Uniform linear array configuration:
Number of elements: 8
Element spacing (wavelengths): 1
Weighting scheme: hamming
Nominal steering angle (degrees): -30
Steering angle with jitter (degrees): -31.535
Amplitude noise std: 0.05
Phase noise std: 0.05

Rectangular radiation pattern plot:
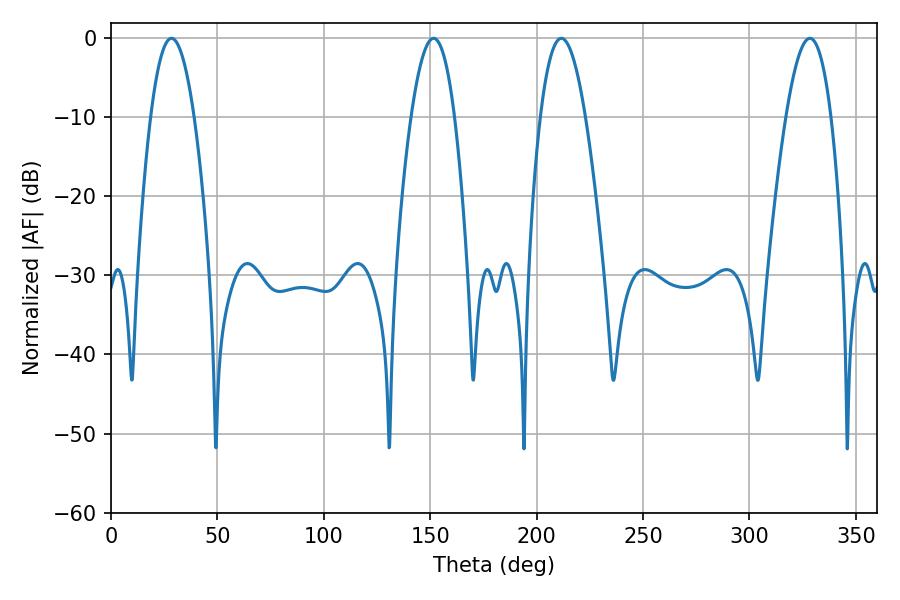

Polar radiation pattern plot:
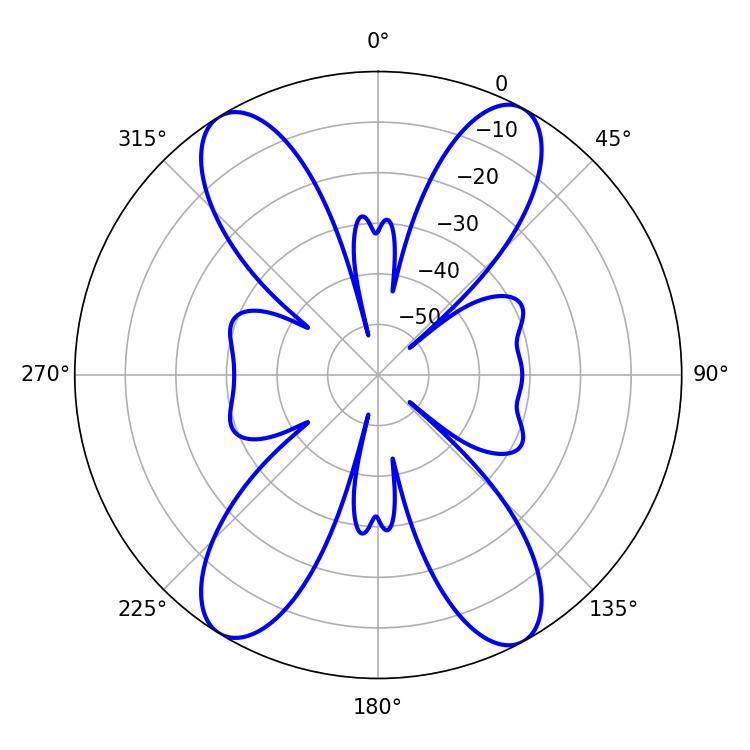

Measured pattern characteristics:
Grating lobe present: TRUE
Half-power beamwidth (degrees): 11.34
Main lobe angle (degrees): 28.44